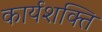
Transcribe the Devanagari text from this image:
कार्यशक्‍ति